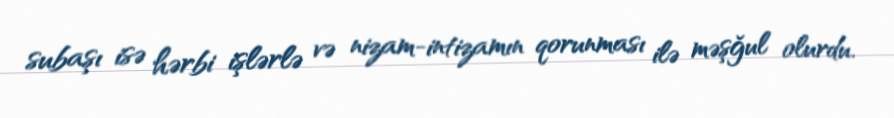
subaşı isə hərbi işlərlə və nizam-intizamın qorunması ilə məşğul olurdu.